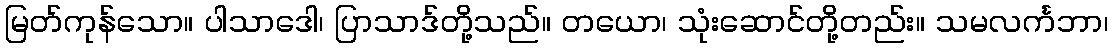
မြတ်ကုန်သော။ ပါသာဒေါ၊ ပြာသာဒ်တို့သည်။ တယော၊ သုံးဆောင်တို့တည်း။ သမလင်္ကဘာ၊